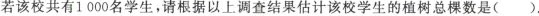
若该校共有1000名学生，请根据以上调查结果估计该校学生的植树总棵数是( )。